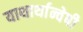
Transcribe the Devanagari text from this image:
याथार्थान्वेषी